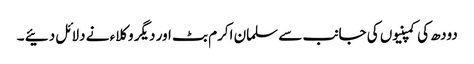
دودھ کی کمپنیوں کی جانب سے سلمان اکرم بٹ اور دیگر وکلاء نے دلائل دئیے ۔